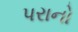
પરાનો